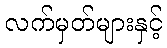
လက်မှတ်များနှင့်